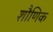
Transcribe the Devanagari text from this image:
शौणिक